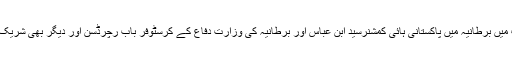
تقریب میں برطانیہ میں پاکستانی ہائی کمشنرسید ابن عباس اور برطانیہ کی وزارت دفاع کے کرسٹوفر باب رچرڈسن اور دیگر بھی شریک تھے۔